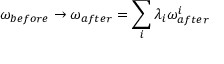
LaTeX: \omega _ { b e f o r e } \rightarrow \omega _ { a f t e r } = \sum _ { i } \lambda _ { i } \omega _ { a f t e r } ^ { i }